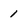
Character: 1